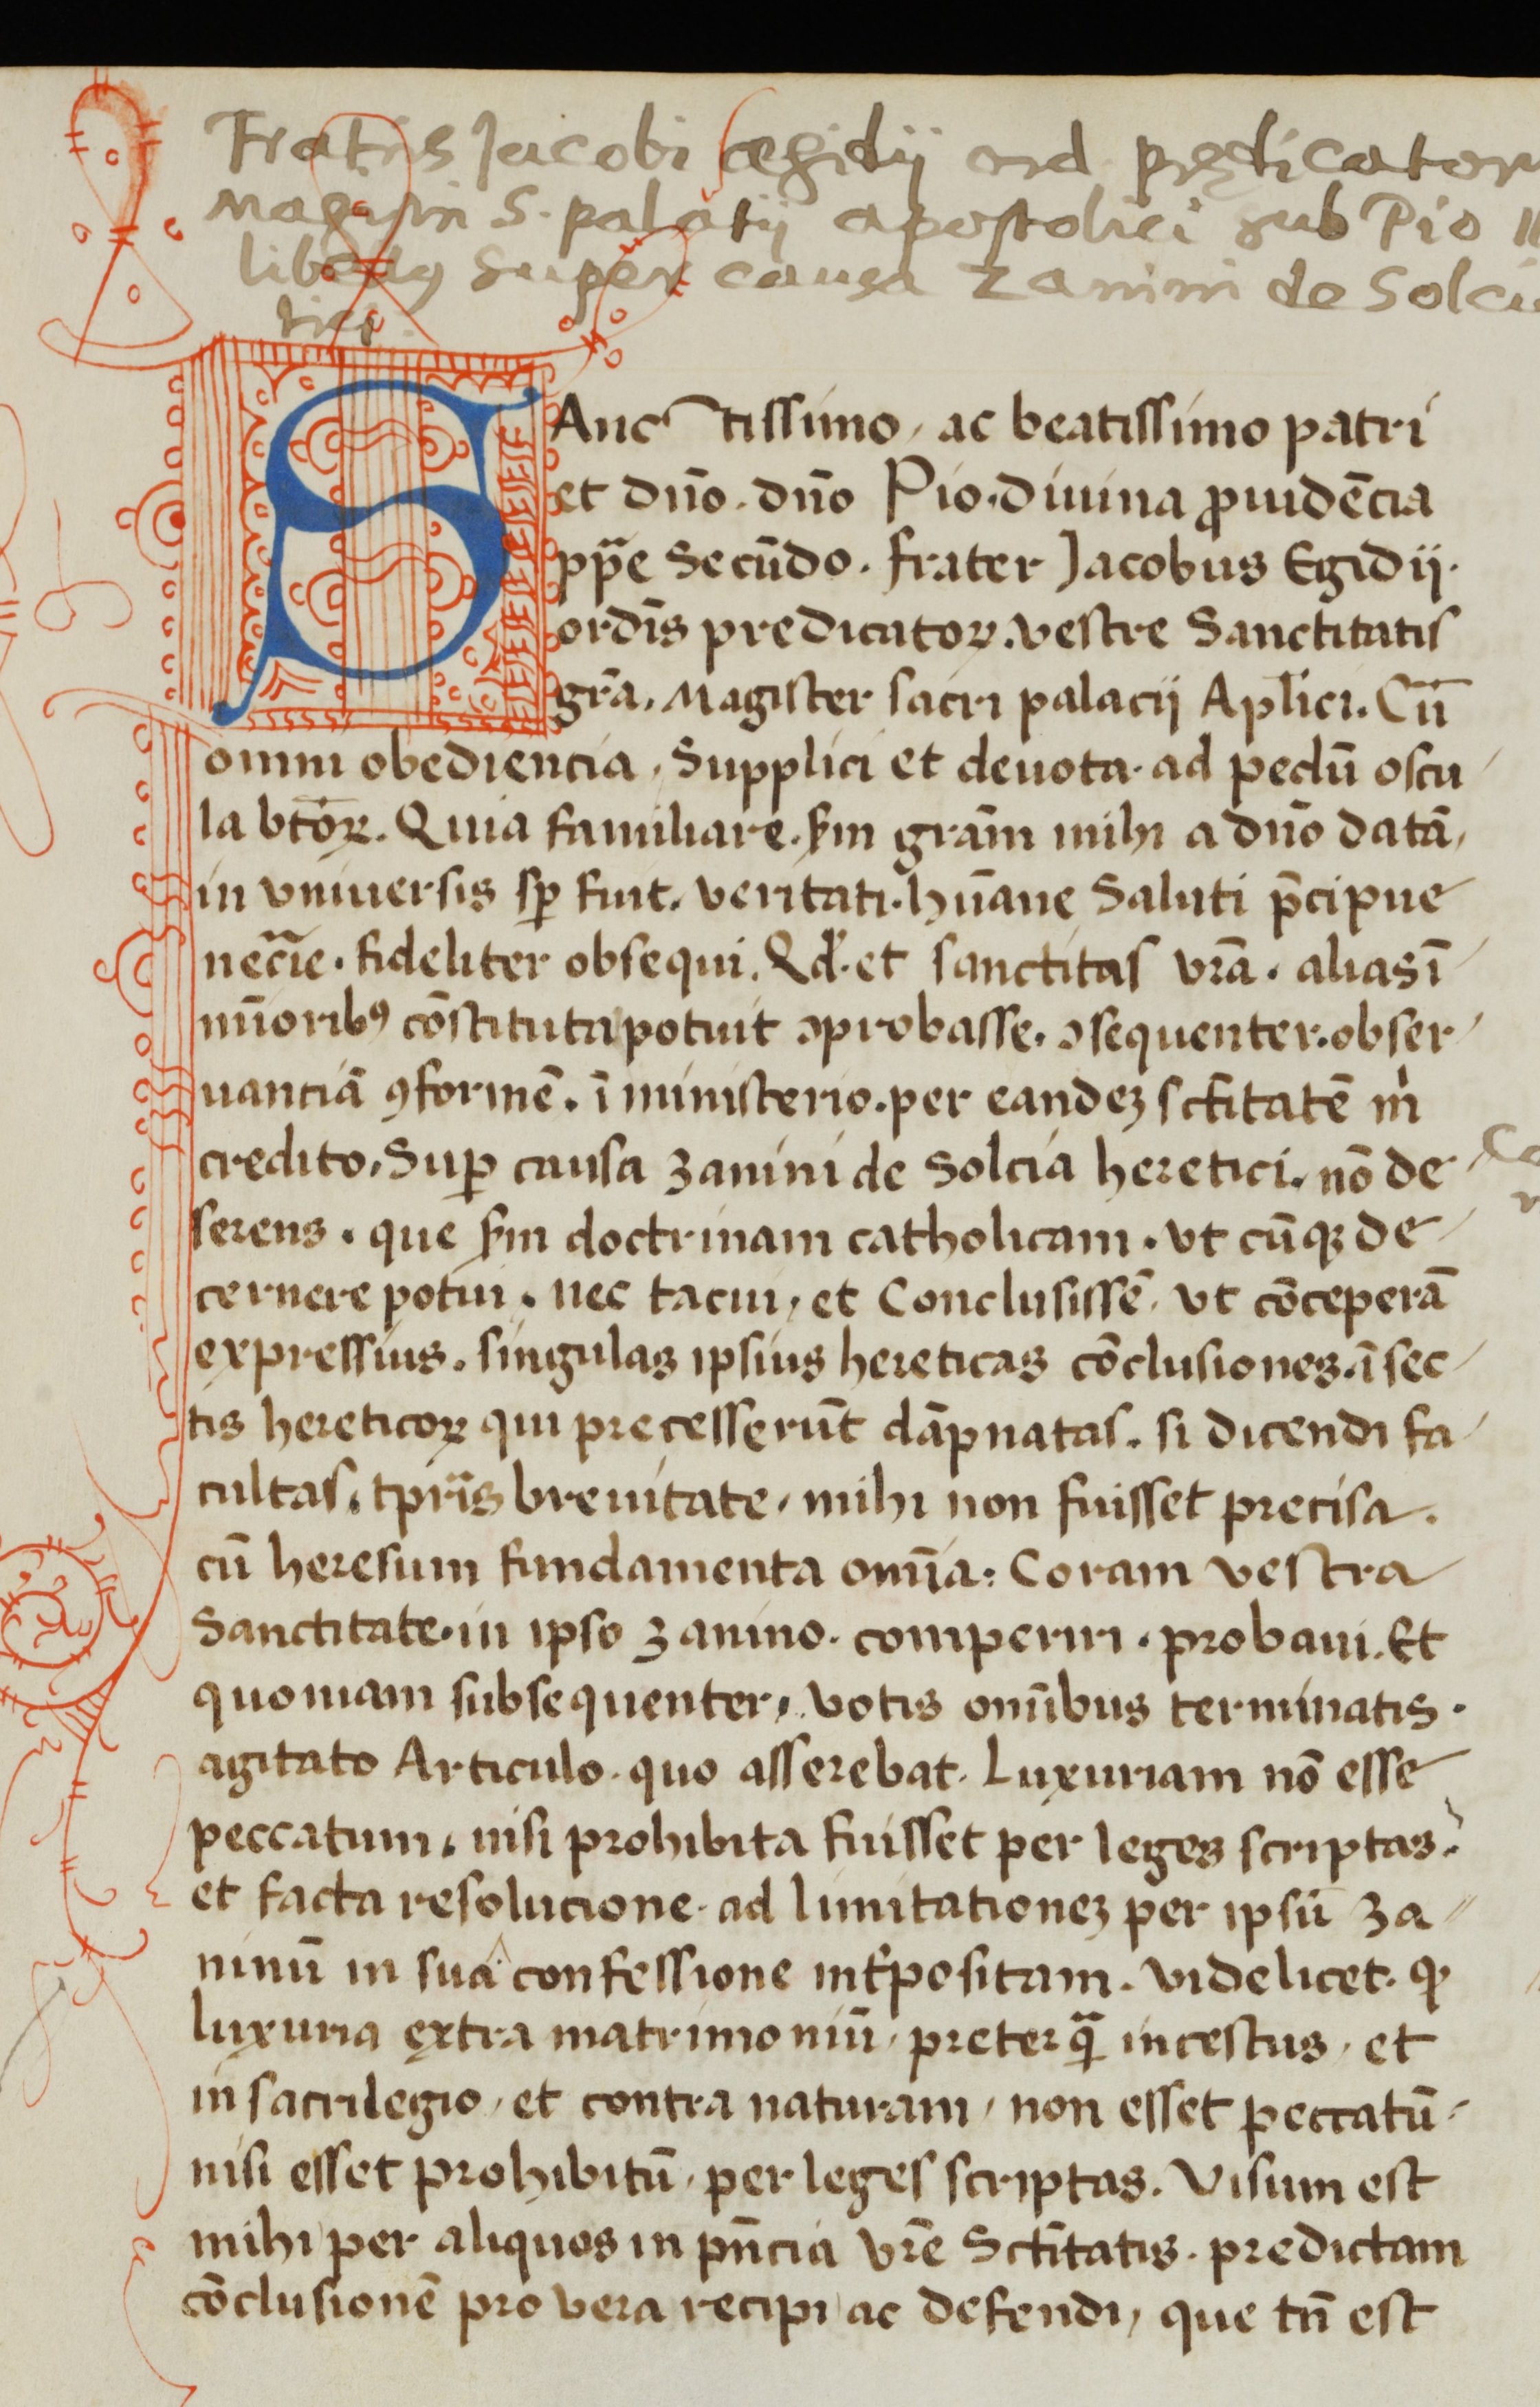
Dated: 1450–1499